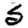
Digit: 5